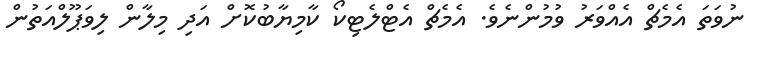
ނުވަތަ އެމެޗް އެއްވަރު ވުމުންނެވެ. އެމެޗް އެޓްލެޓިކޯ ކާމިޔާބުކޮށް އަދި މިލާން ލިވަޕޫލްއަތުން